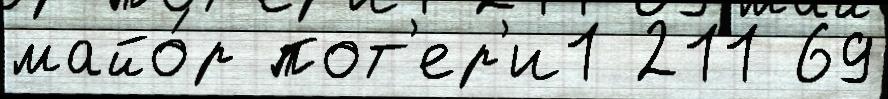
майо́р пот'ер'и1 211 69